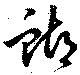
蝴